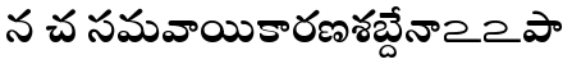
న చ సమవాయికారణశబ్దేనాఽఽపా